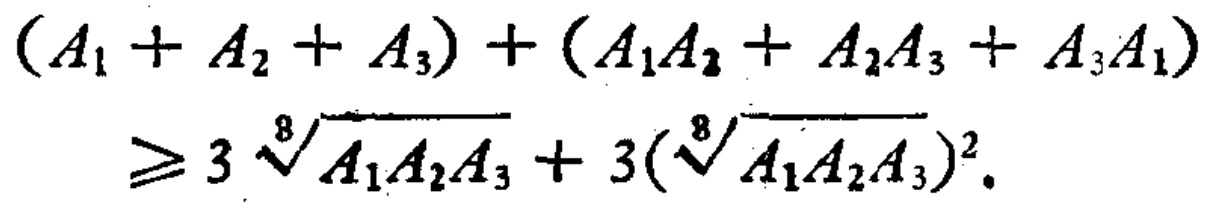
\((A_1 + A_2 + A_3)+(A_1A_2 + A_2A_3 + A_3A_1)\geq 3\sqrt[3]{A_1A_2A_3}+3(\sqrt[3]{A_1A_2A_3})^2\)